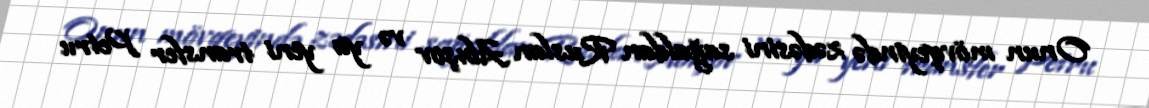
Onun mövqeyində zədəsini sağaldan Ruslan Abışov və ya yeni transfer Petru